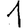
Digit: 1